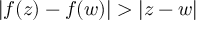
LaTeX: | f ( z ) - f ( w ) | > | z - w |